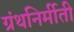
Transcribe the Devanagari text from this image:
ग्रंथनिर्मीती